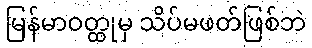
မြန်မာဝတ္ထုမှ သိပ်မဖတ်ဖြစ်ဘဲ